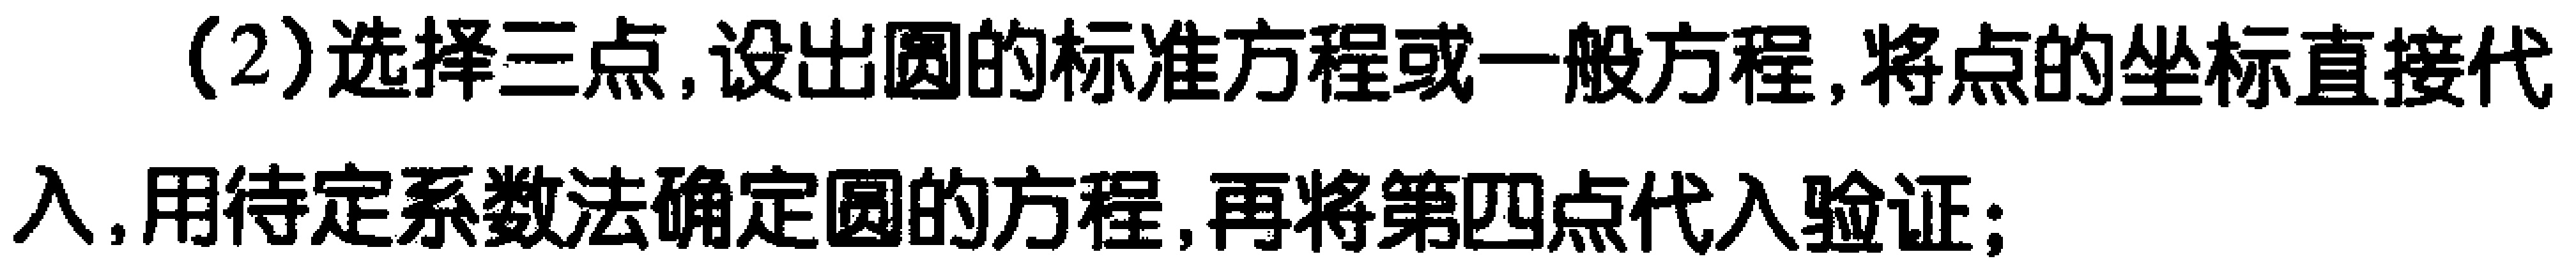
(2)选择三点,设出圆的标准方程或一般方程,将点的坐标直接代
入,用待定系数法确定圆的方程,再将第四点代入验证;